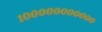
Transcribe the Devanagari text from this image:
१०००००००००००